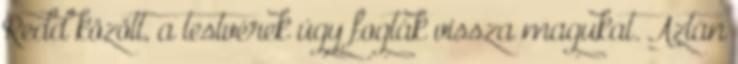
Redd között, a testvérek úgy fogták vissza magukat. Aztán